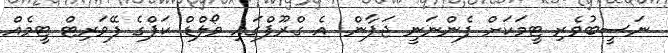
ނަސީބުވެރި ޓީމަކަށް ފެންނަނީ ޖަޕާން. އެ ގްރޫޕްގައި ވޯލްޑް ކަޕްގެ ފޭވަރިޓް ޓީމެއް